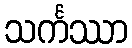
သင်္ကဿာ